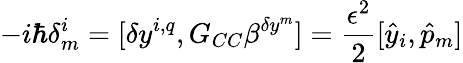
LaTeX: -i\hbar\delta_{m}^{i}=[\delta y^{i,q},G_{CC}\beta^{\delta y^{m}}]=\frac{\epsilon^{2}}{2}[{\hat{y}}_{i},{\hat{p}}_{m}]